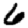
Digit: 6